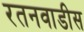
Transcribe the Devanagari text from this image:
रतनवाडीस